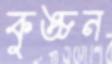
কুঙ্চন